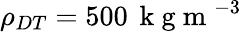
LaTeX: \rho_{DT}=500\, \mathrm{~k~g~m~}^{-3}